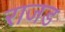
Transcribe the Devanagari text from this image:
राजड